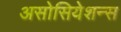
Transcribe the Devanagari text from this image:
असोसियेशन्स